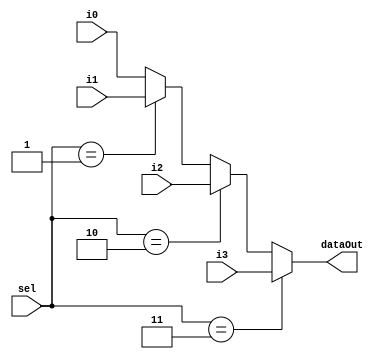
// **************************************************************************************
// Project: AFTAB
// Version: 1.0
// Date:
//
// Module Name: aftab_mux4to1
// Description:
//
// Dependencies:
//
// File content description:
// mux4to1 for AFTAB datapath
//
// **************************************************************************************
`timescale 1ns/1ns

module aftab_mux4to1 #(parameter size = 32) (
    input [size-1:0] i0,
    input [size-1:0] i1,
    input [size-1:0] i2,
    input [size-1:0] i3,
    input [1:0] sel,
    output [size-1:0] dataOut
);

    assign dataOut = (sel == 2'd3) ? i3 :
                     (sel == 2'd2) ? i2 :
                     (sel == 2'd1) ? i1 : i0;

endmodule